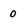
Character: 0